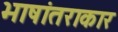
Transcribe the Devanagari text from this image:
भाषांतराकार